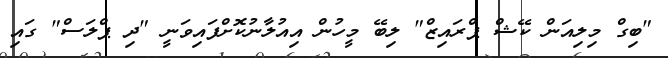
"ބިގް މިލިއަން ކޭޝް ޕްރައިޒް" ލިބޭ މީހުން އިއުލާނުކޮށްފައިވަނީ "ދި ޕްލަަސް" ގައި